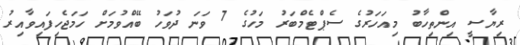
ރިޔާސީ އިންތިހާބު މިއަހަރުގެ ސެޕްޓެމްބަރު މަހުގެ 7 ވަނަ ދުވަހު ބޭއްވުމަށް ހަމަޖެހިފައިވާއިރު